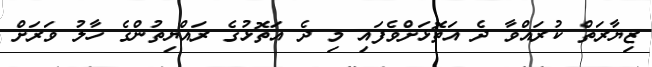
ޒިޔާރަތް ކުރައްވާ ދެ އަތޮޅަށްވެފައި މި ދެ އަތޮޅުގެ ރައްޔިތުންގެ ހާލު ވަރަށް